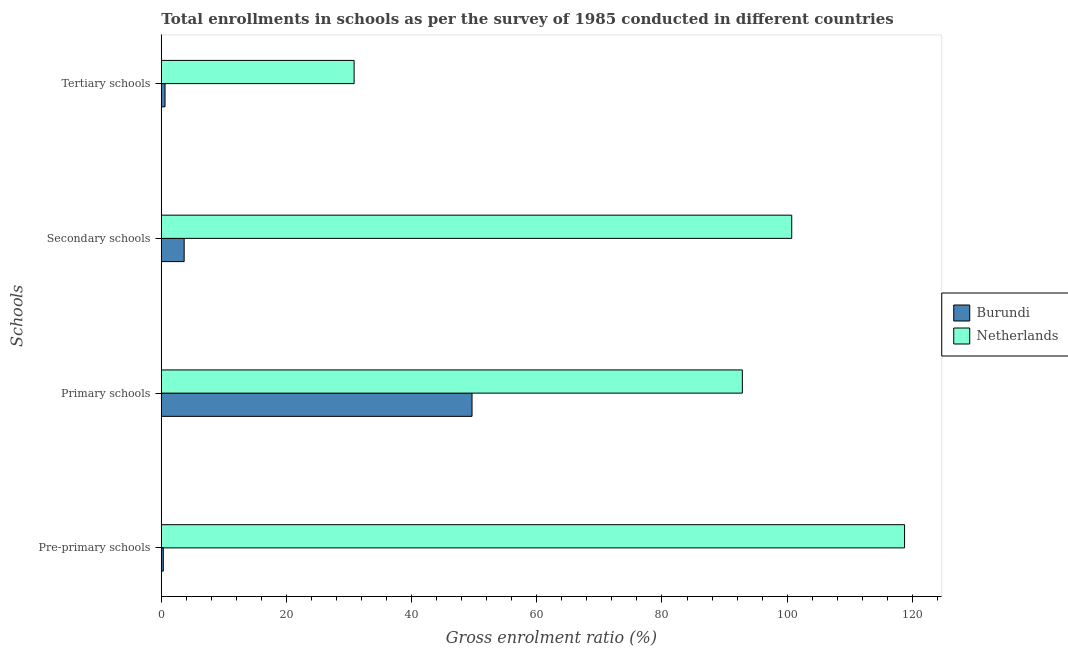
| Schools | Burundi | Netherlands |
 | --- | --- | --- |
 | Pre-primary schools | 0.316 | 119 |
 | Primary schools | 49.6 | 92.8 |
 | Secondary schools | 3.65 | 101 |
 | Tertiary schools | 0.593 | 30.8 |